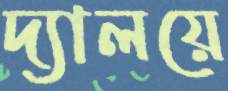
দ্যালয়ে